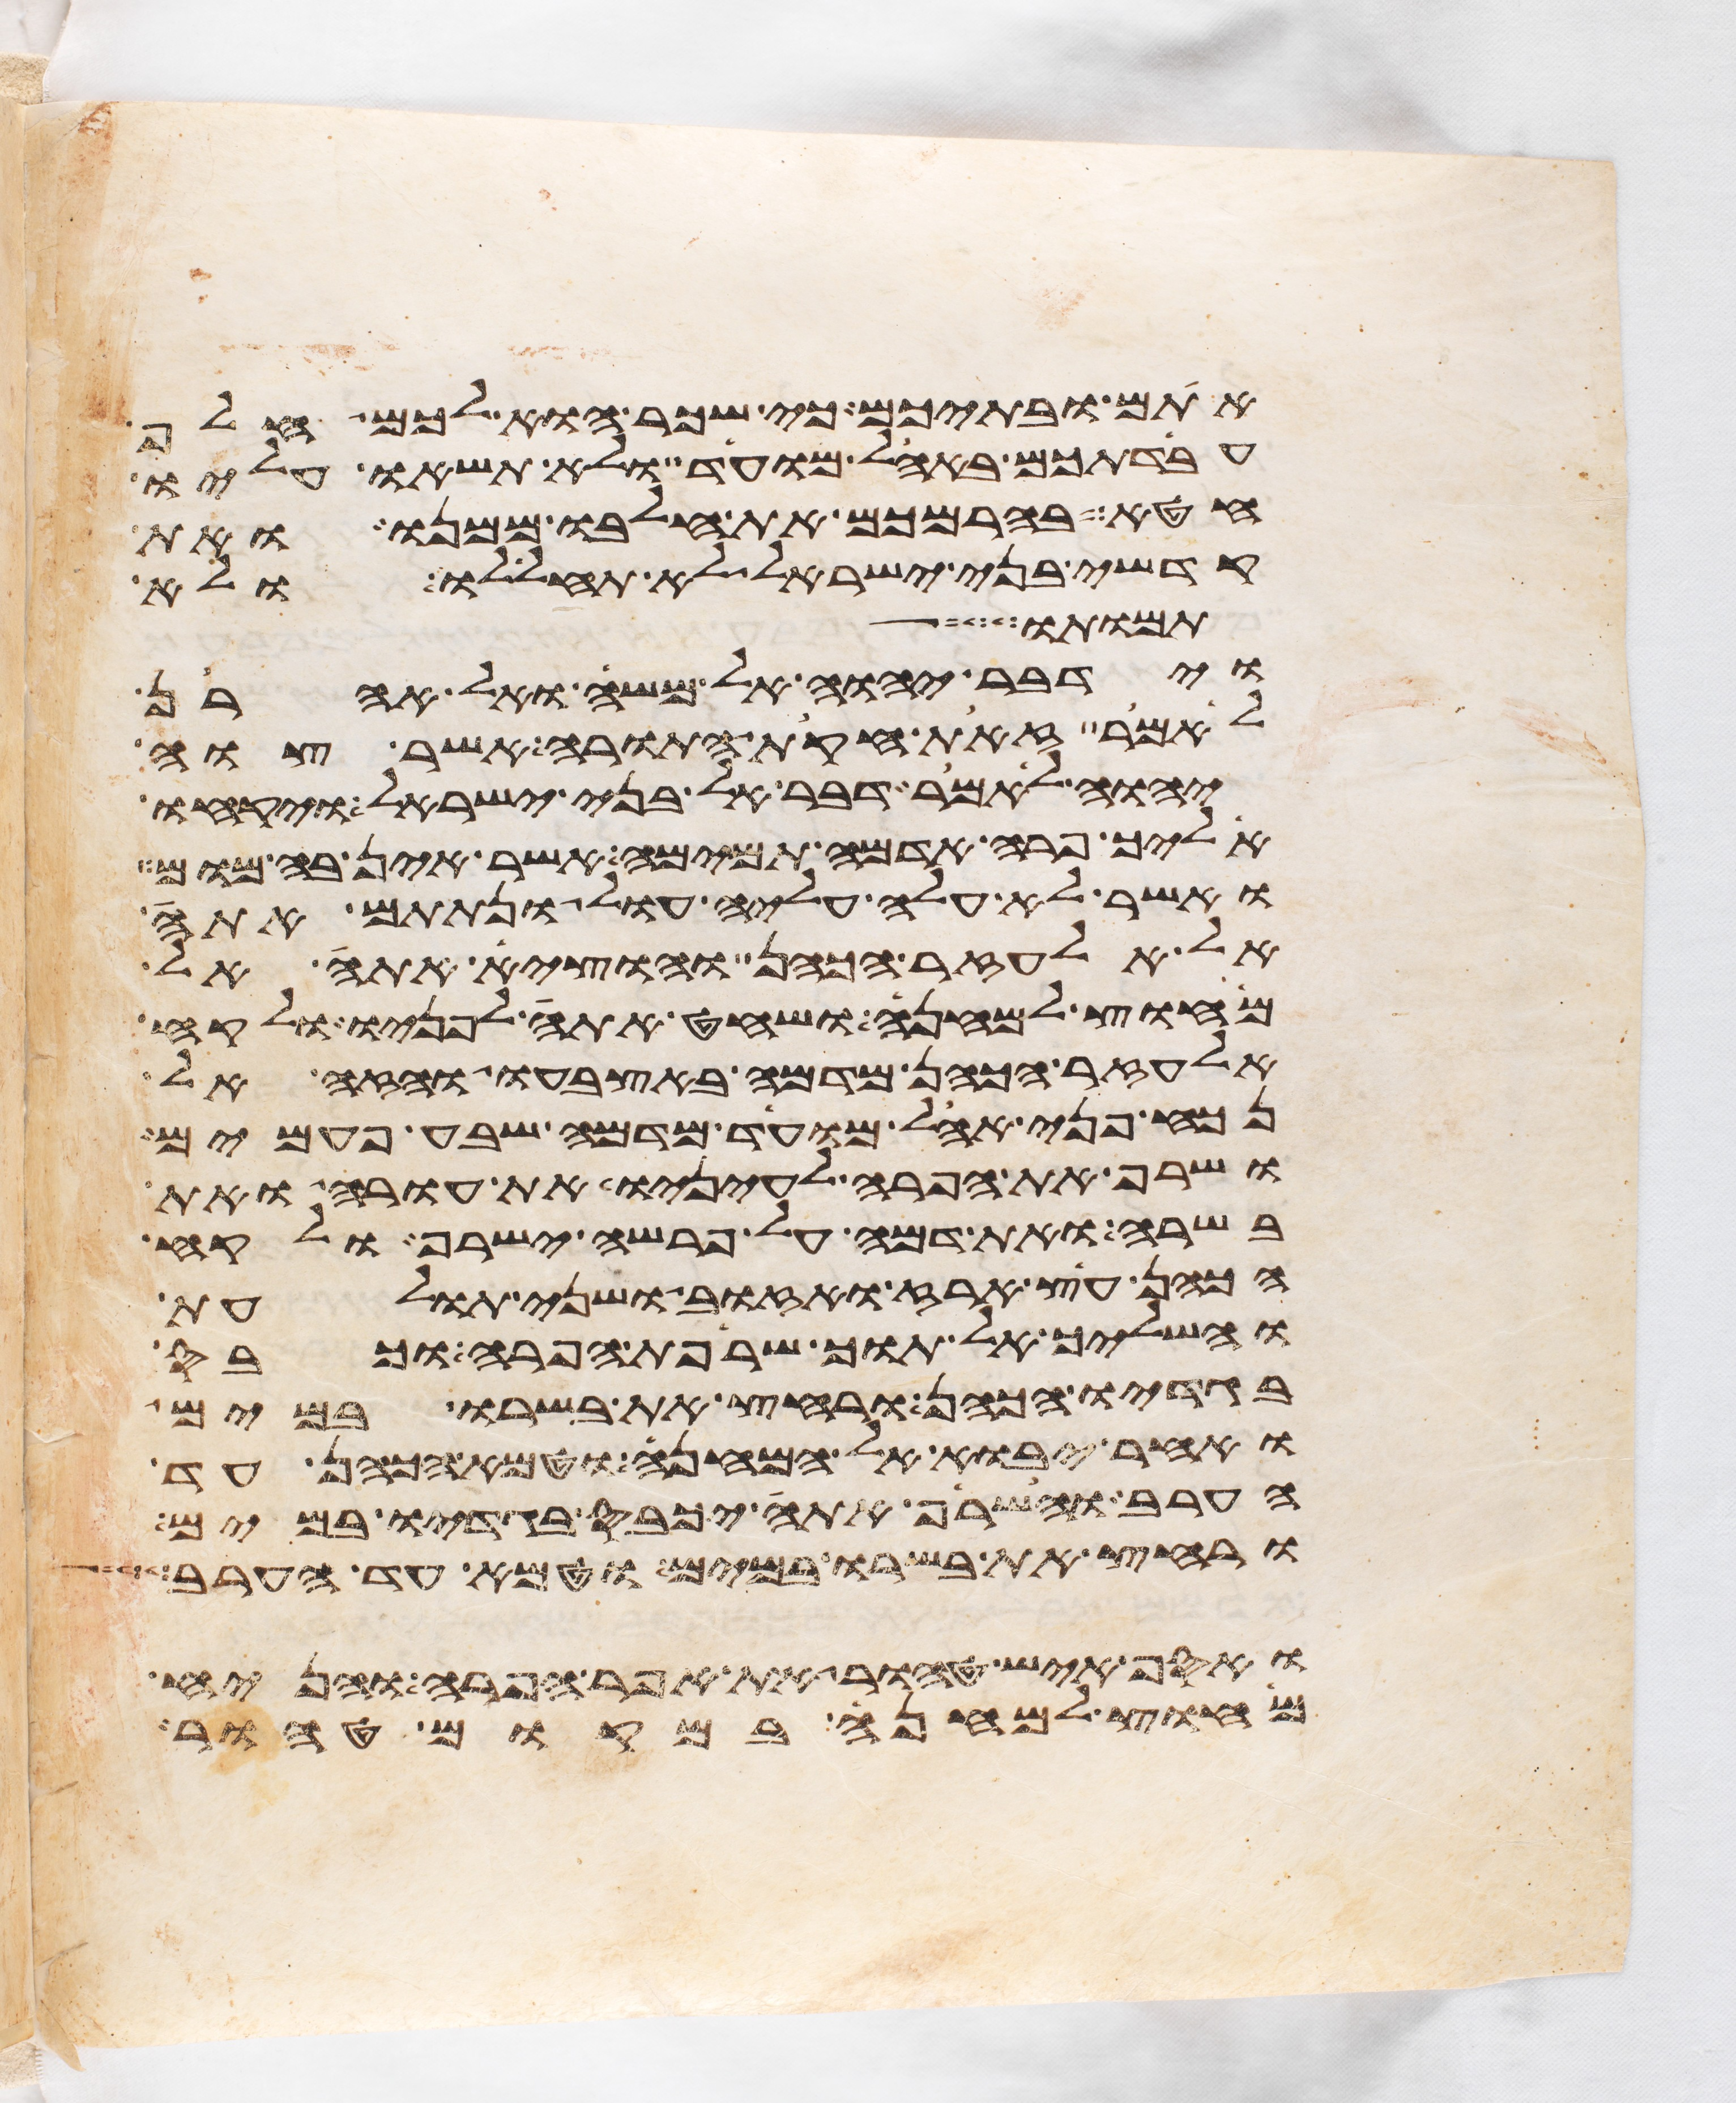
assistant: אתם ובתיכם כי שכר הוא לכם חלף
עבדתכם באהל מועד ולא תשאו עליו
חטא בהרמכם את חלבו ממנו ואת
קדשי בני ישראל לא תחללו ולא
תמותו
וידבר יהוה אל משה ואל אהרן
לאמר זאת חקות התורה אשר צוה
יהוה לאמר דבר אל בני ישראל ויקחו
אליך פרה אדמה תמימה אשר אין בה מום
ואשר לא עלה עליה עול ונתתם אתה
אל אלעזר הכהן והוציא אתה אל
מחוץ למחנה ושחט אתה לפניו ולקח
אלעזר הכהן מדמה באצבעו והזה אל
נכח פני אהל מועד מדמה שבע פעמים
ושרף את הפרה לעיניו את עורה ואת
בשרה ואת דמה על פרשה ישרף ולקח
הכהן עץ ארז ואזוב ושני תולעת
והשליך אל תוך שרפת הפרה וכבס
בגדיו הכהן ורחץ את בשרו במים
ואחר יבוא אל המחנה וטמא הכהן עד
הערב והשרף אתה יכבס בגדיו במים
ורחץ את בשרו במים וטמא עד הערב
ואסף איש טהור את אפר הפרה והניח
מחוץ למחנה במקום טהור